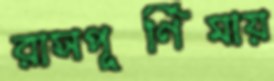
রাসপূর্ণিমায়